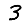
Digit: 3